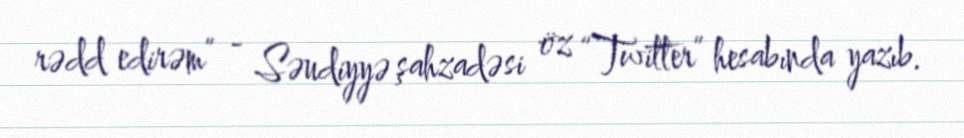
rədd edirəm” - Səudiyyə şahzadəsi öz “Twitter” hesabında yazıb.